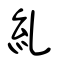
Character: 糺